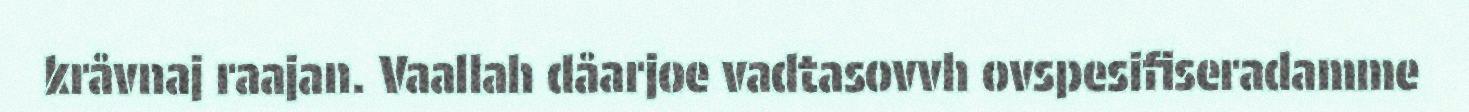
kråvnaj raajan. Vaallah dåarjoe vadtasovvh ovspesifiseradamme